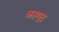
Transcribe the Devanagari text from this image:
कागूद